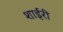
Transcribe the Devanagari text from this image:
शाईरी